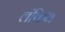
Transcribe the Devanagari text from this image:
लंकिन